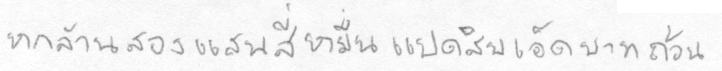
หกล้านสองแสนสี่หมื่นแปดสิบเอ็ดบาทถ้วน